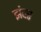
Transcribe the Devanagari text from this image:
झंवर